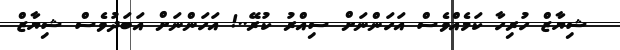
ޝިޔާޒް ހުރިހާ ކަމެއްވެސް އަހަންނަށް ސިއްރު ކުރޭ..! އަހަންނަށް އަބަދުވެސް ޝިޔާޒް